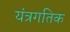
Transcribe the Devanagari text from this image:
यंत्रगतिक